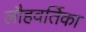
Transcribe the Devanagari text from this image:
लौहवर्तिका